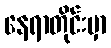
နေရာတိုင်းမှာ